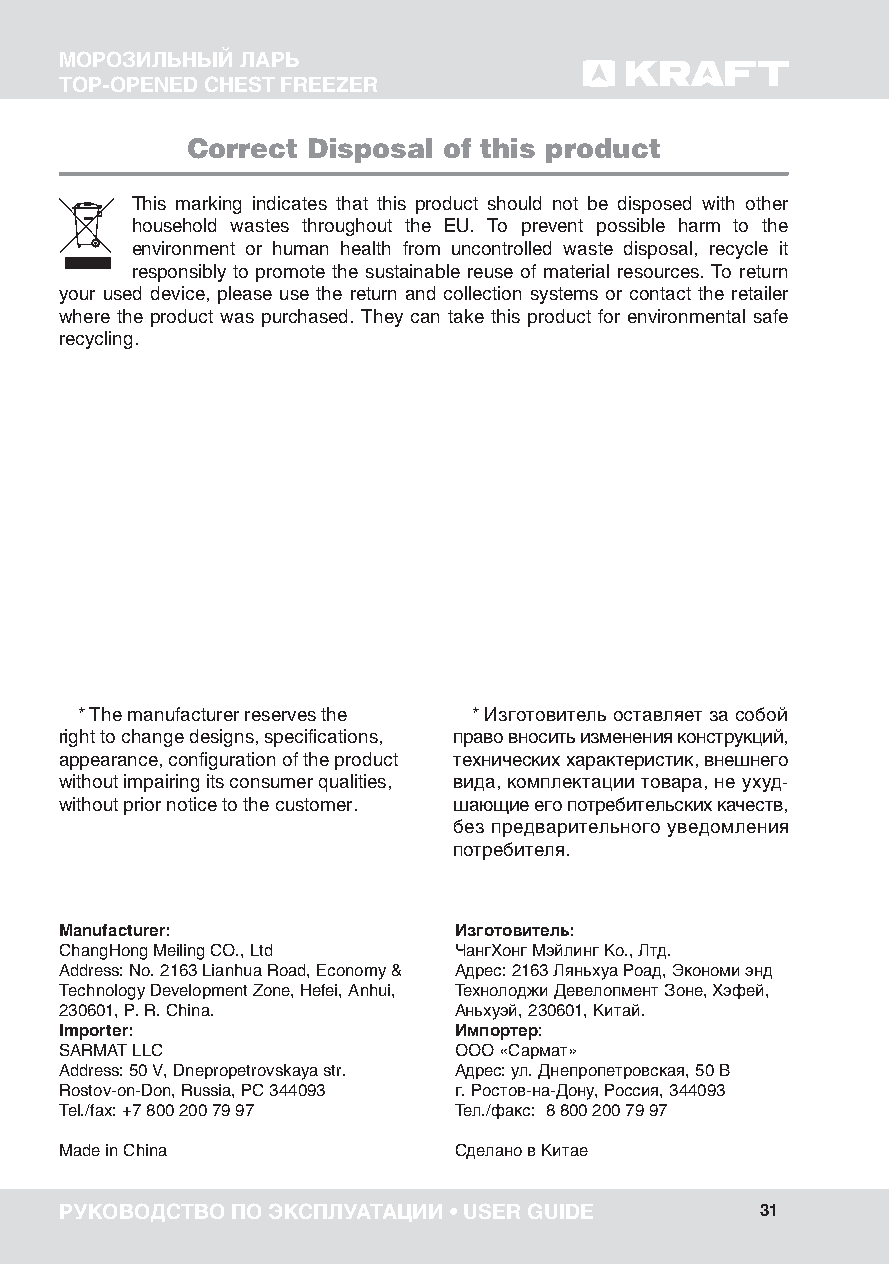
МОРОЗИЛЬНЫЙ ЛАРЬ
 TOP-OPENED CHEST FREEZER
 Correct Disposal of this product
 This marking indicates that this product should not be disposed with other
 household wastes throughout the EU. To prevent possible harm to the
 environment or human health from uncontrolled waste disposal, recycle it
 responsibly to promote the sustainable reuse of material resources. To return
 your used device, please use the return and collection systems or contact the retailer
 where the product was purchased. They can take this product for environmental safe
 recycling.
 * The manufacturer reserves the * Изготовитель оставляет за собой
 right to change designs, specifications, право вносить изменения конструкций,
 appearance, configuration of the product технических характеристик, внешнего
 without impairing its consumer qualities, вида, комплектации товара, не ухуд-
 without prior notice to the customer. шающие его потребительских качеств,
 без предварительного уведомления
 потребителя.
 Manufacturer:             Изготовитель:
 ChangHong Meiling CO., Ltd ЧангХонг Мэйлинг Ко., Лтд.
 Address: No. 2163 Lianhua Road, Economy & Адрес: 2163 Ляньхуа Роад, Экономи энд
 Technology Development Zone, Hefei, Anhui, Технолоджи Девелопмент Зоне, Хэфей,
 230601, P. R. China.      Аньхуэй, 230601, Китай.
 Importer:                 Импортер:
 SARMAT LLC                ООО «Сармат»
 Address: 50 V, Dnepropetrovskaya str. Адрес: ул. Днепропетровская, 50 В
 Rostov-on-Don, Russia, PC 344093 г. Ростов-на-Дону, Россия, 344093
 Tel./fax: +7 800 200 79 97 Тел./факс: 8 800 200 79 97
 Made in China             Сделано в Китае
 РУКОВОДСТВО ПО ЭКСПЛУАТАЦИИ • USER GUIDE      31